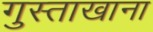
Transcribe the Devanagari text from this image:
गुस्ताखाना